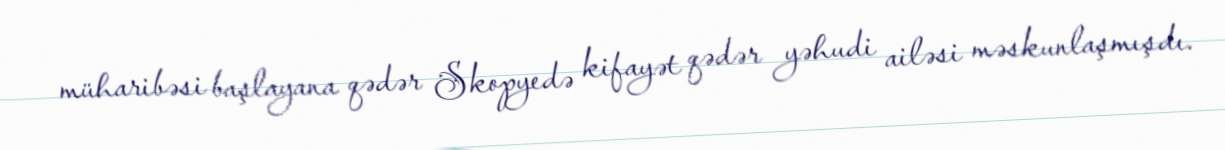
müharibəsi başlayana qədər Skopyedə kifayət qədər yəhudi ailəsi məskunlaşmışdı.